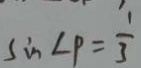
\sin \angle P = \frac { 1 } { 3 }